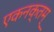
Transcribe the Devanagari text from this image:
एकनक्तम्